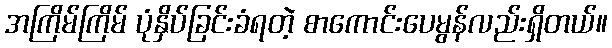
အကြိမ်ကြိမ် ပုံနှိပ်ခြင်းခံရတဲ့ စာကောင်းပေမွန်လည်းရှိတယ်။